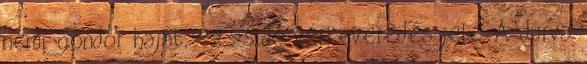
némi göndör hajat, ez zsidó vérkeveredés jele. A durva